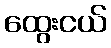
ထွေးငယ်